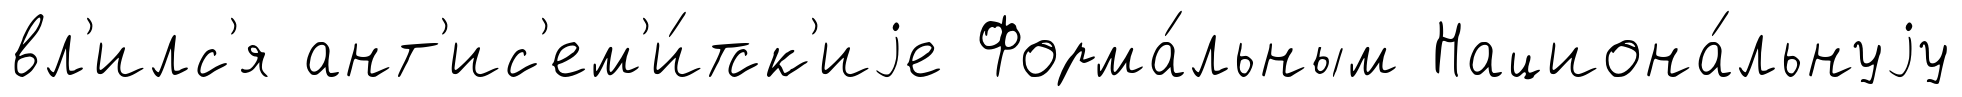
вл'илс'я ант'ис'ем'и́тск'иjе Форма́льным Национа́льнуjу